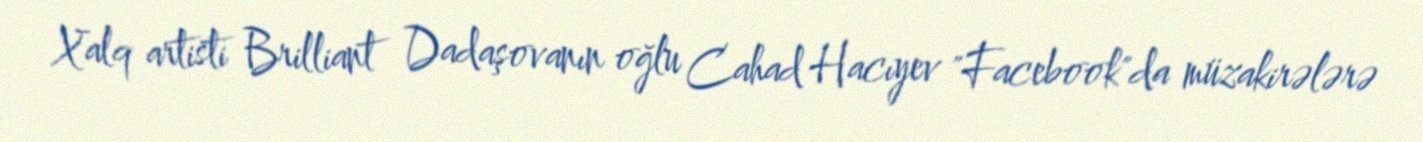
Xalq artisti Brilliant Dadaşovanın oğlu Cahad Hacıyev "Facebook"da müzakirələrə